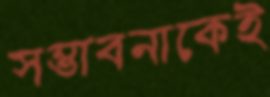
সম্ভাবনাকেই